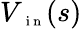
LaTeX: V_{\mathrm{~\scriptsize~i~n~}}(s)